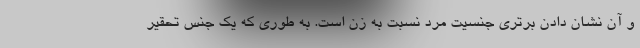
و آن نشان دادن برتری جنسیت مرد نسبت به زن است. به طوری که یک جنس تحقیر